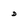
Character: d